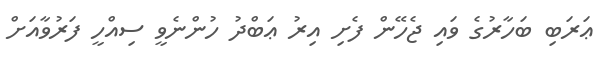
ޢަރަބި ބަހާރުގެ ވައި ޖެހޭން ފެށި އިރު ޢަބްދު ހުންނެވީ ސިއްހީ ފަރުވާއަށް